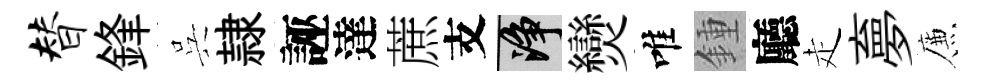
替鋒呉隷誣達蔗支净𤓖唯鍾廳走夣簾